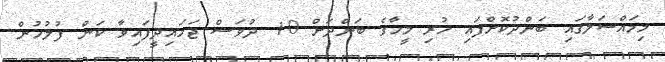
މިމައްސަލާގައި ބަންދުކޮށްފައި ހުރި މީހާގެ ބަންދަށް 10 ދުވަސް ޖަހައިދީފައިވާ ކަން ފުލުހުން